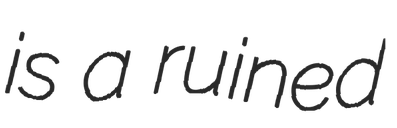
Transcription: is a ruined